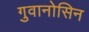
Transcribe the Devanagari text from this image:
गुवानोसिन